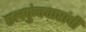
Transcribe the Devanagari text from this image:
एलकुंचवारांची